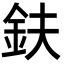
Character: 鈇